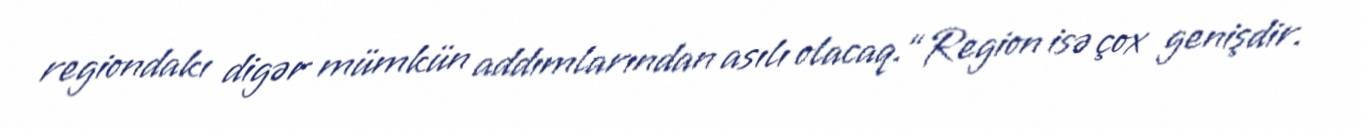
regiondakı digər mümkün addımlarından asılı olacaq.“Region isə çox genişdir.